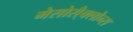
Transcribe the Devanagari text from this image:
मेसोसै्क्लोन्स